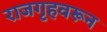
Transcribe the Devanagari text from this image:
राजगृहवरून